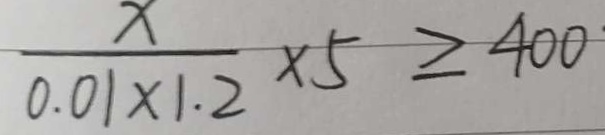
\frac { x } { 0 . 0 1 \times 1 . 2 } \times 5 \geq 4 0 0